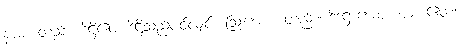
နာမံ၊ တည်း။ ဒိဋ္ဌိဧဝ၊ ဒိဋ္ဌိသည်ပင်လျှင်။ ဩဃော၊ တည်း။ ဒိဋ္ဌောဃော၊ ဃ။ ဧတံ၊